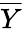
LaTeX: \overline{{Y}}